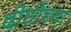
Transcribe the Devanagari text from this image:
दीप्तीच्या